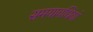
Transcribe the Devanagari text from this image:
समयावधियां